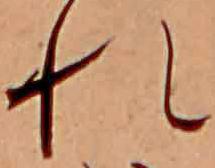
れ